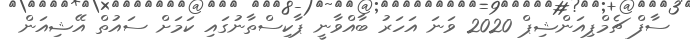
ސާފް ޗެމްޕިއަންޝިޕް 2020 ވަނަ އަހަރު ބާއްވާނީ ޕާކިސްތާނުގައި ކަމަށް ސައުތް އޭޝިއަން